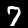
Digit: 7